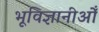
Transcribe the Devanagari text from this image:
भूविज्ञानीओँ